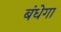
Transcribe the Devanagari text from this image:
बंधेगा